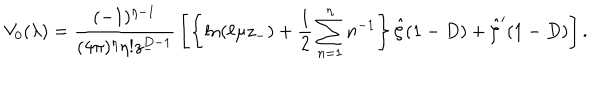
V _ { 0 } ( \lambda ) = { \frac { ( - 1 ) ^ { \eta - 1 } } { ( 4 \pi ) ^ { \eta } \eta ! z _ { - } ^ { D - 1 } } } \left[ \left\{ \ln ( \ell \mu z _ { - } ) + { \frac { 1 } { 2 } } \sum _ { n = 1 } ^ { \eta } n ^ { - 1 } \right\} \hat { \zeta } ( 1 - D ) + \hat { \zeta } ^ { \prime } ( 1 - D ) \right] .